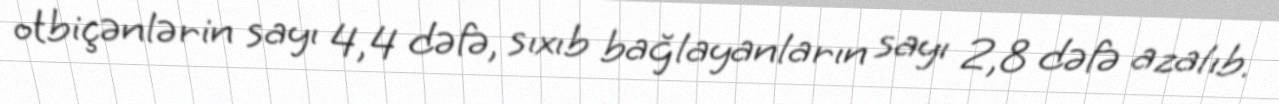
otbiçənlərin sayı 4,4 dəfə, sıxıb bağlayanların sayı 2,8 dəfə azalıb.